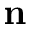
\mathbf { n }